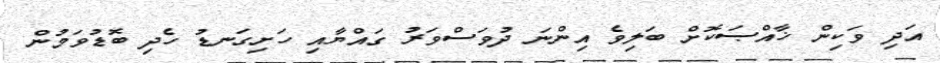
އަދި ވަކިން ޚާއްޞަކޮށް ބަލިވެ އިންނަ ދުވަސްވަރު ގައްޔާއި ހަށިގަނޑު ހެދި ބޮޑުވަމުން